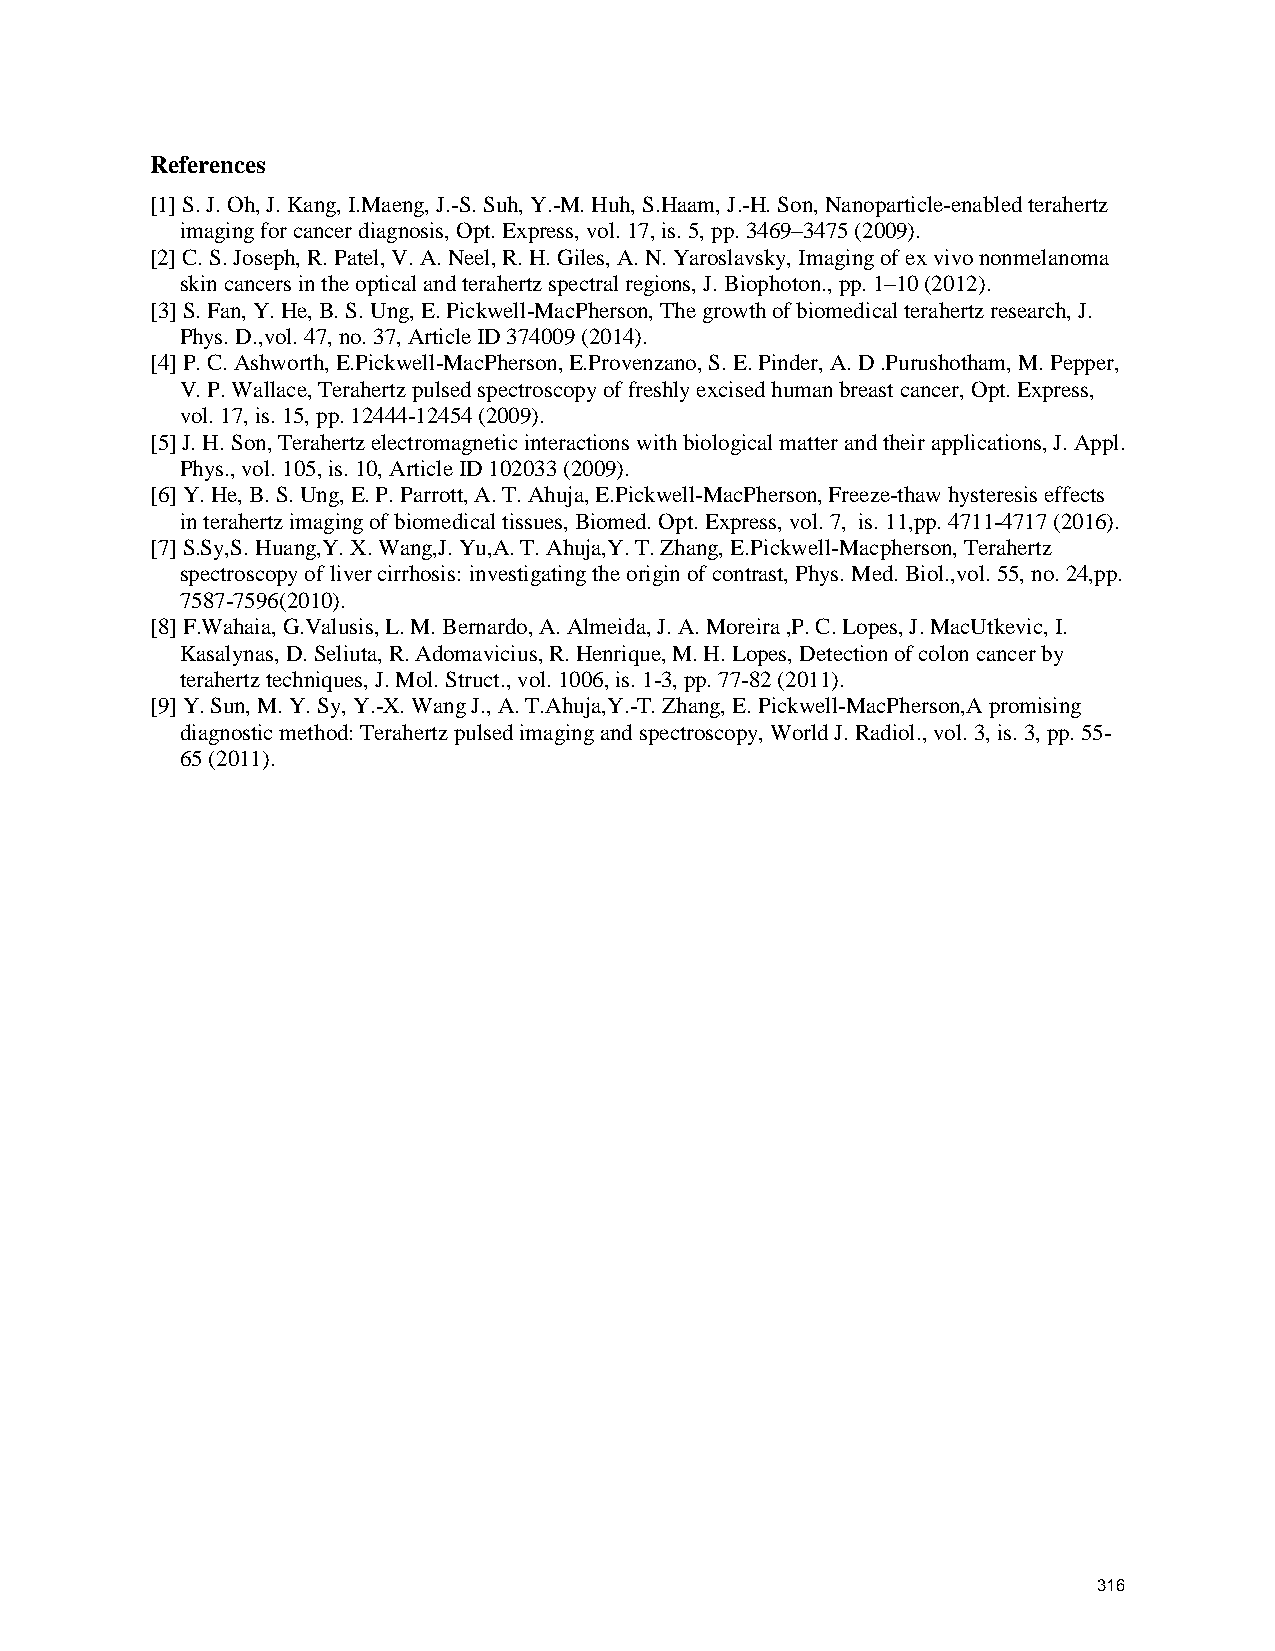
References
 [1] S. J. Oh, J. Kang, I.Maeng, J.-S. Suh, Y.-M. Huh, S.Haam, J.-H. Son, Nanoparticle-enabled terahertz
 imaging for cancer diagnosis, Opt. Express, vol. 17, is. 5, pp. 3469–3475 (2009).
 [2] C. S. Joseph, R. Patel, V. A. Neel, R. H. Giles, A. N. Yaroslavsky, Imaging of ex vivo nonmelanoma
 skin cancers in the optical and terahertz spectral regions, J. Biophoton., pp. 1–10 (2012).
 [3] S. Fan, Y. He, B. S. Ung, E. Pickwell-MacPherson, The growth of biomedical terahertz research, J.
 Phys. D.,vol. 47, no. 37, Article ID 374009 (2014).
 [4] P. C. Ashworth, E.Pickwell-MacPherson, E.Provenzano, S. E. Pinder, A. D .Purushotham, M. Pepper,
 V. P. Wallace, Terahertz pulsed spectroscopy of freshly excised human breast cancer, Opt. Express,
 vol. 17, is. 15, pp. 12444-12454 (2009).
 [5] J. H. Son, Terahertz electromagnetic interactions with biological matter and their applications, J. Appl.
 Phys., vol. 105, is. 10, Article ID 102033 (2009).
 [6] Y. He, B. S. Ung, E. P. Parrott, A. T. Ahuja, E.Pickwell-MacPherson, Freeze-thaw hysteresis effects
 in terahertz imaging of biomedical tissues, Biomed. Opt. Express, vol. 7, is. 11,pp. 4711-4717 (2016).
 [7] S.Sy,S. Huang,Y. X. Wang,J. Yu,A. T. Ahuja,Y. T. Zhang, E.Pickwell-Macpherson, Terahertz
 spectroscopy of liver cirrhosis: investigating the origin of contrast, Phys. Med. Biol.,vol. 55, no. 24,pp.
 7587-7596(2010).
 [8] F.Wahaia, G.Valusis, L. M. Bernardo, A. Almeida, J. A. Moreira ,P. C. Lopes, J. MacUtkevic, I.
 Kasalynas, D. Seliuta, R. Adomavicius, R. Henrique, M. H. Lopes, Detection of colon cancer by
 terahertz techniques, J. Mol. Struct., vol. 1006, is. 1-3, pp. 77-82 (2011).
 [9] Y. Sun, M. Y. Sy, Y.-X. Wang J., A. T.Ahuja,Y.-T. Zhang, E. Pickwell-MacPherson,A promising
 diagnostic method: Terahertz pulsed imaging and spectroscopy, World J. Radiol., vol. 3, is. 3, pp. 55-
 65 (2011).
 316